Calcutta medical institutions reports 1871-78
Year: 1871
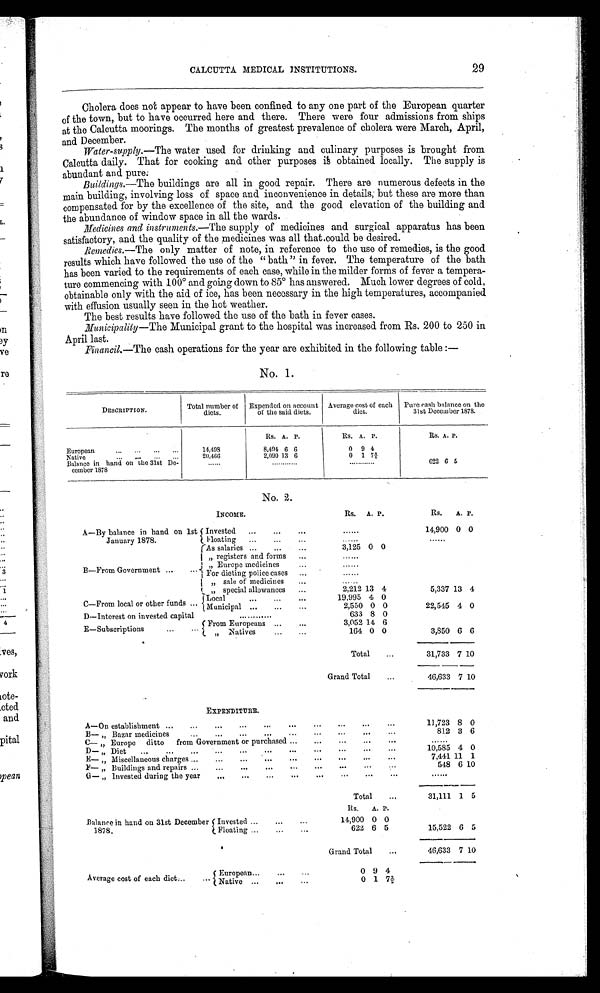
CALCUTTA MEDICAL INSTITUTIONS.
29
Cholera does not appear to have been confined to any one part of the European quarter
of the town, but to have occurred here and there. There were four admissions from ships
at the Calcutta moorings. The months of greatest prevalence of cholera were March, April,
and December.
Water-supply.—The water used for drinking and culinary purposes is brought from
Calcutta daily. That for cooking and other purposes is obtained locally. The supply is
abundant and pure:
.Buildings .—The buildings are all in good repair. There are numerous defects in the
main building, involving loss of space and inconvenience in details; but these are more than
compensated for by the excellence of the site, and the good elevation of the building and
the abundance of window space in all the wards.
Medicines and instruments.—The supply of medicines and surgical apparatus has been
satisfactory, and the quality of the medicines was all that.could be desired.
Remedies .—The only matter of note, in reference to the use of remedies, is the good
results which have followed the use of the "bath" in fever. The temperature of the bath
has been varied to the requirements of each case, while in the milder forms of fever a
tempera-
ture commencing with 100° and going down to 85° has answered. Much lower degrees of cold,
obtainable only with the aid of ice, has been necessary in the high temperatures, accompanied
with effusion usually seen in the hot weather.
The best results have followed the use of the bath in fever cases.
Municipality —The Municipal grant to the hospital was increased from Rs. 200 to 250 in
April last.
Financil.—The cash operations for the year are exhibited in the following table:
—
No. 1.
DESCRIPTION.
Total number of
diets.
Expended on account
of the said diets.
Average cost of each
diet.
Pure cash balance on the
31st December 1878.
European
1 4 , 4 9 8
Rs. A. P.
8,494 6 6
Rs. A. P.
0
9 4
Rs. A. P.
Native
20,466
2,090 13 6
0 1 73/5
Balance in hand on the 31st De-
comber 1878
...... ...... ...... ...... ......
622 6 5
No.2.
INCOME.
Rs. A. P.
RS.
A. P.
A—By balance in hand on 1st
January 1878
Invested
......
14,900 0 0
Floating
......
......
B — F r o m G o v e r n m e n t
As salaries
3,125 0 0
„. registers and forms
......
,, Europe medicines
For dieting police cases
......
„ sale of medicines
.....
„ special allowances
2,212 13 4
5,337 13 4
C—From local or other funds
Local
19,995 4 0
Municipal
2,550 0 0
22,545 4 0
D—Interest on invested capital
.........
633 8 0
E—
S u b s c r i p t i o n s
From Europeans
3,052 14 6
„ Natives
164 0 0
3,850 6 6
Total
31,733 7
1 0
Grand Total
4 6 , 6 3 3 7 10
EXPENDITURE.
A—On establishment
. . . . . .
. . . .
11,723 8 0
B— „ Bazar medicines
. . . . . .
. . .
812 3 6
C— „ Europe ditto
from Government or purchased
...
. . . ...
......
D— „ Diet
...
. . . ...
10,585 4 0
E— „ Miscellaneous charges
. . . . . .
. . .
7,441 11 1
F— „ Buildings and repairs
...
. . . ...
548 6
1 0
G— „ invested during the year
...
. . .
...
. . . . . .
Total
31,111 1 5
Balance in hand on 31st December
1878.
Rs.
A . P.
Invested
14,900 0 0
Fioating
622 6 5
15,522 6 5
Grand Total
46,633 7
1 0
Average cost of each diet
European
0 9 4
Native
0 1
7 3 / 5